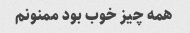
همه چیز خوب بود ممنونم